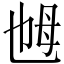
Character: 乸